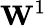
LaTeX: \mathbf{W}^{1}